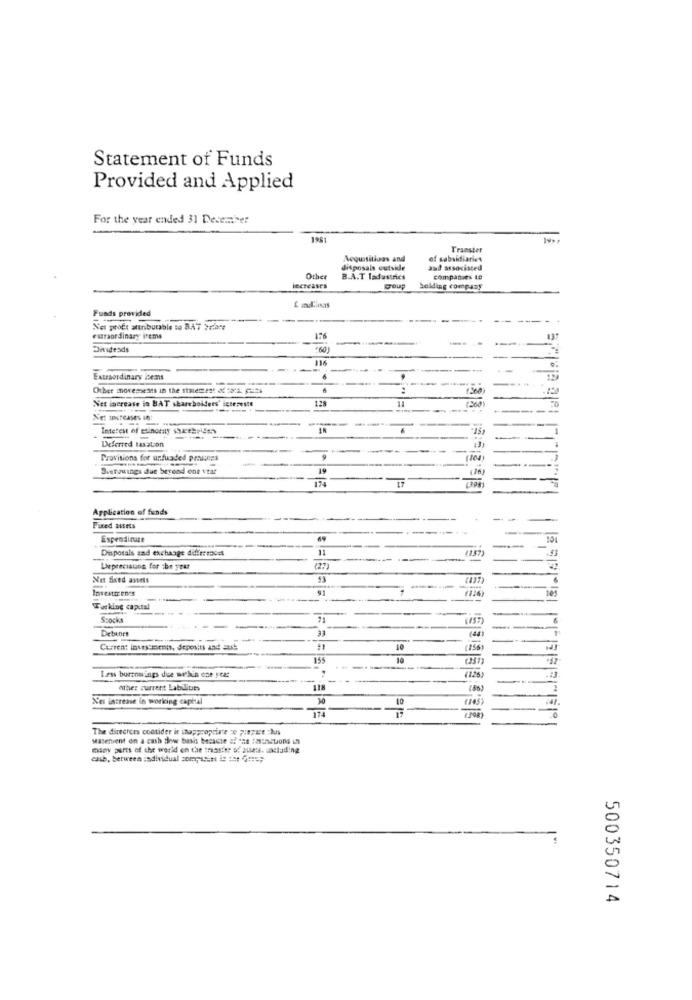
Statement of Funds
Provided and Applied
For the year ended 31 December
1981
Transter
Acquisitions and
of subsidiaries
disposals outside
and associated
Other
B.A.T Tadastrics
companies 48
LECTCases
COUP
holding company
Funds provided
--
--
Nel profe atributable to B.AT Years
extraordinary irems
-- -
Dindesds
+60]
Extraordinary items
Other movements in the statement of :1 2
+360
Net increase in BAT shareholders' interests
128
Interest of esinomaty sheehsidm
Deferred taxation
Provisions for unfunded prallens
Svetizuings due berend one vtat
19
41
Application of funds
-
Fixed assets
Expendique
101
Disposals sad exchange differences
(137)
Depreciation for the year
Net Sxed anets
43
Investir ends
(126)
105
Working capital
Spocks
(IST)
Debtors
(44)
Current investments, deposits and ant
(156
10
Les borrowings due within one star
4126
other current Labilities
118
Nes increase in working capital
(145
10
The directers consider it inappropriate ze pinpare chus
Masetient on a cash flow bash because of "as :actions in
many parts of the world en the seaaster of aus. saclading
cash, between :adividual compssitt le tet G ===;
500350714